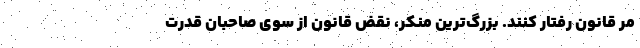
مُرٌِ قانون رفتار کنند. بزرگ‌ترین منکر، نقض قانون از سوی صاحبان قدرت